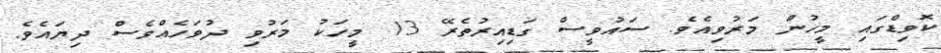
ކޮވިޑްގައި މީހުން މަރުވިއެވެ. ސައުވީސް ގަޑިއިރުތެރޭ 13 މީހަކު މަރުވި ދުވަހެއްވެސް ދިޔައެވެ.